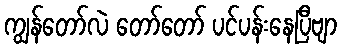
ကျွန်တော်လဲ တော်တော် ပင်ပန်းနေပြီဗျာ